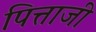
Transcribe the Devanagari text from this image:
पित्ताजी